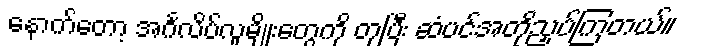
နောက်တော့ အင်္ဂလိပ်လူမျိုးတွေကို တုပြီး ဆံပင်အတိုညှပ်ကြတယ်။